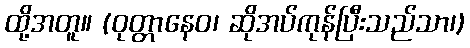
ထို့အတူ။ (ဝုတ္တာနေဝ၊ ဆိုအပ်ကုန်ပြီးသည်သာ၊)